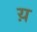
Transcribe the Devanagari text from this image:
य़